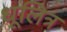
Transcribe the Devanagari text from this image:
धूलित्र